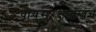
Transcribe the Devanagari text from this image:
वायुसुरक्षाकवच